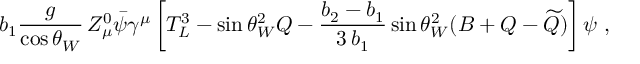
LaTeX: b _ { 1 } \frac { g } { \cos \theta _ { W } } \, Z _ { \mu } ^ { 0 } \bar { \psi } \gamma ^ { \mu } \left[ T _ { L } ^ { 3 } - \sin \theta _ { W } ^ { 2 } Q - \frac { b _ { 2 } - b _ { 1 } } { 3 \, b _ { 1 } } \sin \theta _ { W } ^ { 2 } ( B + Q - \widetilde { Q } ) \right] \psi \ ,